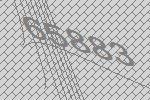
65883